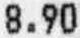
8.90